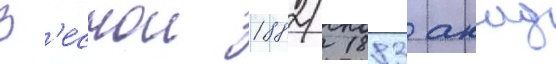
В'еснои 1882/ 1883 акад